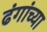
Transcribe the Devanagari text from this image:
ढंगांच्या